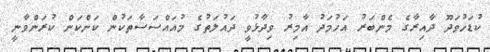
ކުޑަހުވަދޫ ދާއިރާގެ މެންބަރު އަހުމަދު އާމިރު ވިދާޅުވީ ދައުލަތުގެ މުއައްސަސާތަކުން ކަންކަން ކުރަންވާނީ